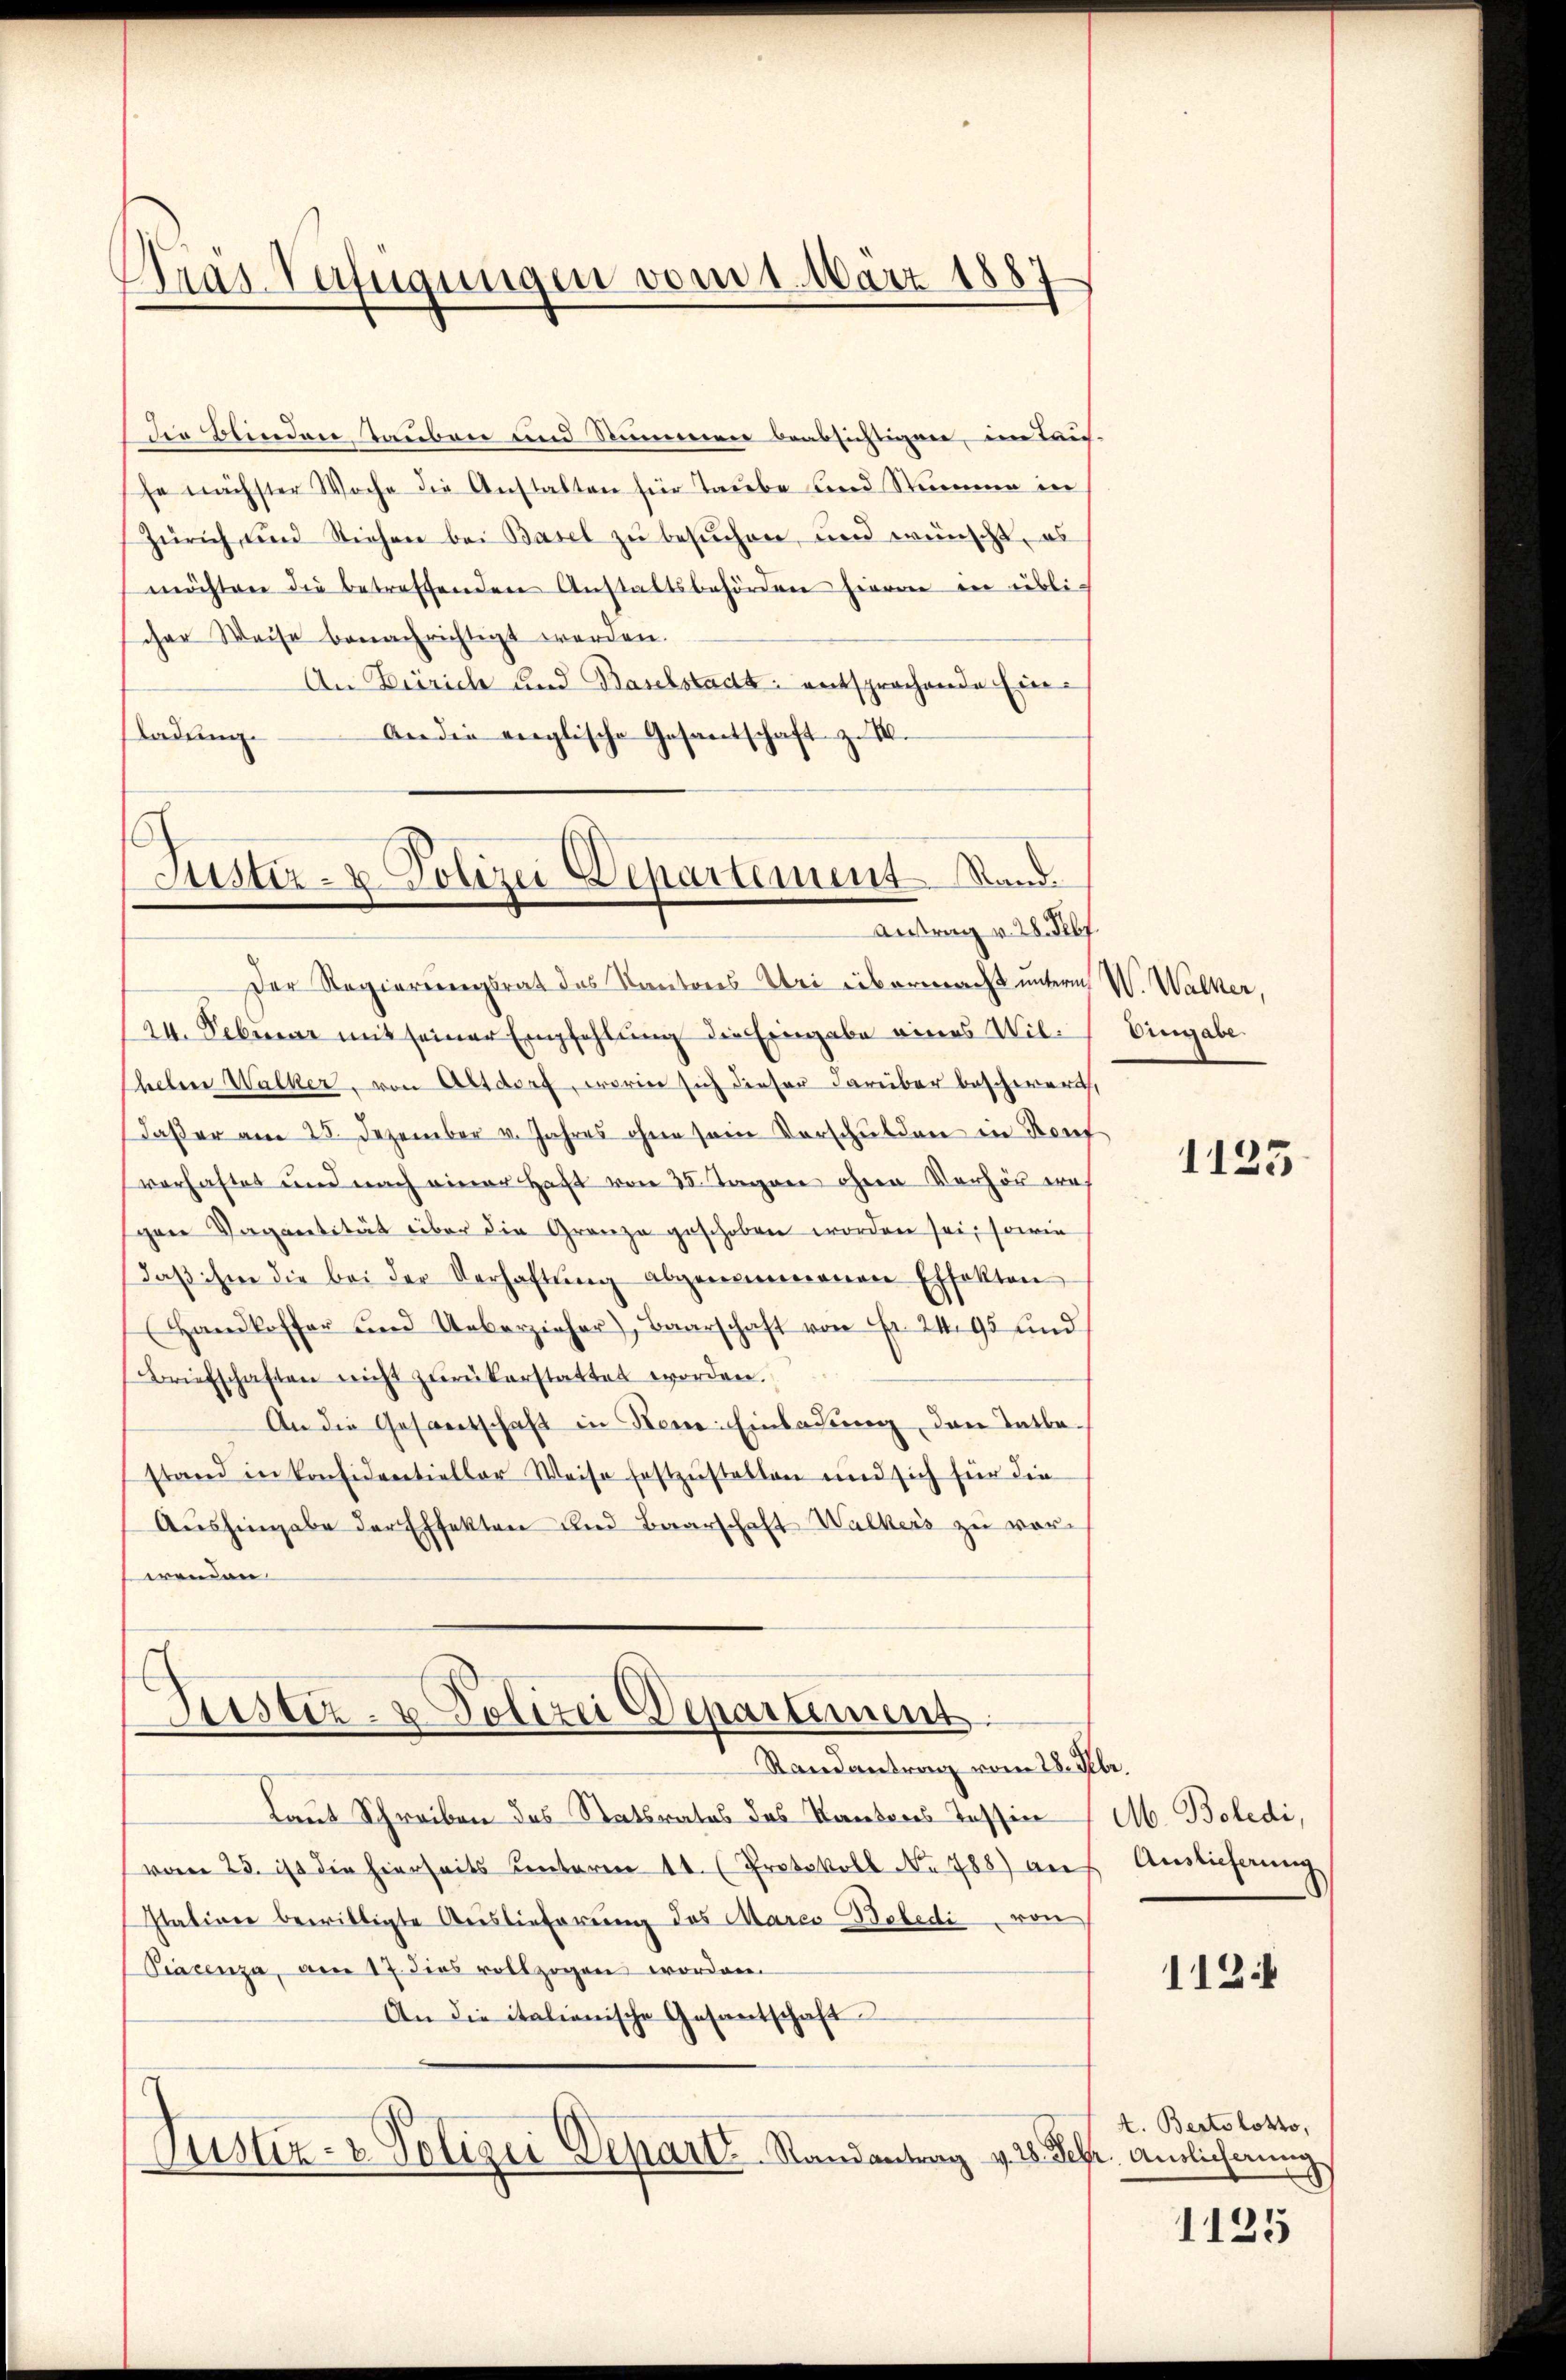
Pras Verfügungen vom 1. März 1887

Die Blinden Tauben und Stummen beabsichtigen, im Tauf-
he nächster Woche die Anstalten für Taube und Stumme in
Zürich und Siehen bei Basel zu besuchen, und wünscht, es
möchten die betreffenden Anstaltsbehörden hievon in üblic
scher Weise benachrichtigt werden.
An Zürich und Baselstadt: entsprochende Ein¬
An die englische Gesantschaft zu M.
Ladung.

Justiz- u. Polizei Departement Stand.
Antrag v. 28. Febr.

Der Regierungsrat des Kantons Uri übermacht unterm W. Walker,
/24. Februar mit seiner Empfehlung die Eingabe eines Wil¬
Ehelen Walker, von Altdorf, worin sich dieser darüber beschwert,
Daßer am 25. Dezember v. Jahres ohne sein Vorschulden in Konf
verhaftet und nach einer Haft von 35. Tagen ihnen Verhör erf
gene Vagantität über die Granze geschoben worden sei, sowie
daβ ihre die bei der Verhaltŭng abgenommenen Effekten
Handloffer und Ueberzieher, Baarschaft von Fr. 24. 95 und
Briefschaften nicht zŭrükerstattet worden.
An die Gesantschaft in Keme: Einladung, den Tatbestand in Konsidentieller Weise festzustellen und sich für die
Aushingabe der Effekten und Baarschaft Walkers zu vor-
wenden
Justiz- & Polizei Departement.
Stand antrag vom 28. Febr.
Laut Schreiben des Statsrates des Kantons Tessin / M. Boledi,
vom 25. ist die hierseits Centaren 11. (Protokoll No 788 auf Auslieferung
Italiner bewilligte Auslieferung des Marco Bebedi von
Piacenza, am 17. dies vollzogen worden.
An die italienische Gesantschaft
Justiz- & Polizei Depart. Randantrag v. 28. Febr. Amlicherung

Uingabe

1125.

112.

A. Bertolotto,

1125